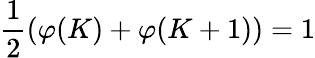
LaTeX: \frac{1}{2}(\varphi(K)+\varphi(K+1))=1